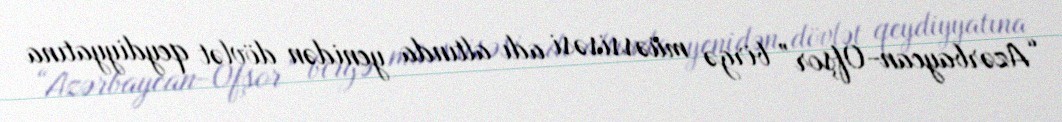
“Azərbaycan-Ofşor” birgə müəssisəsi adı altında yenidən dövlət qeydiyyatına